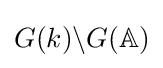
G(k)\backslash G(\mathbb {A} )